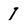
Character: 1